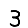
Digit: 3